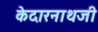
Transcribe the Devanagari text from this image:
केदारनाथजी